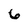
Character: 6